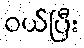
ဝယ်ပြီး